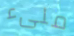
ملىء